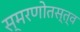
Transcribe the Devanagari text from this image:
स्मरणोतस्त्व